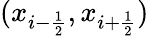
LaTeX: (x_{i-\frac{1}{2}},x_{i+\frac{1}{2}})